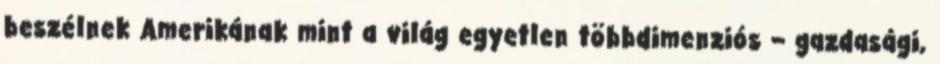
beszélnek Amerikának mint a világ egyetlen többdimenziós – gazdasági,